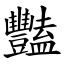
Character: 豔